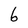
Character: 6